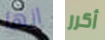
انها أكرر